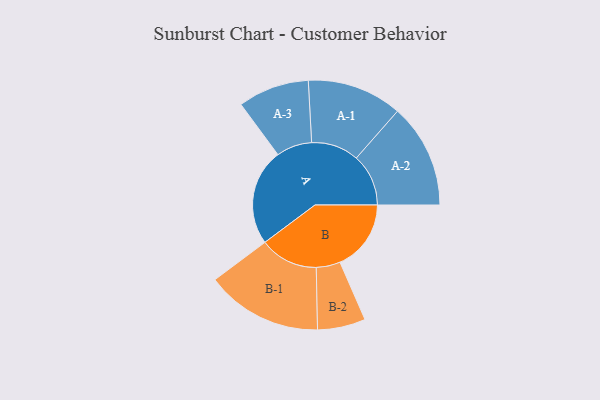
{"axis": {"x": "Segment", "y": "Value"}, "legend": ["", "A", "B"], "data": [{"x": "A", "y": 423, "type": ""}, {"x": "B", "y": 311, "type": ""}, {"x": "A-1", "y": 208, "type": "A"}, {"x": "A-2", "y": 228, "type": "A"}, {"x": "A-3", "y": 156, "type": "A"}, {"x": "B-1", "y": 255, "type": "B"}, {"x": "B-2", "y": 105, "type": "B"}]}